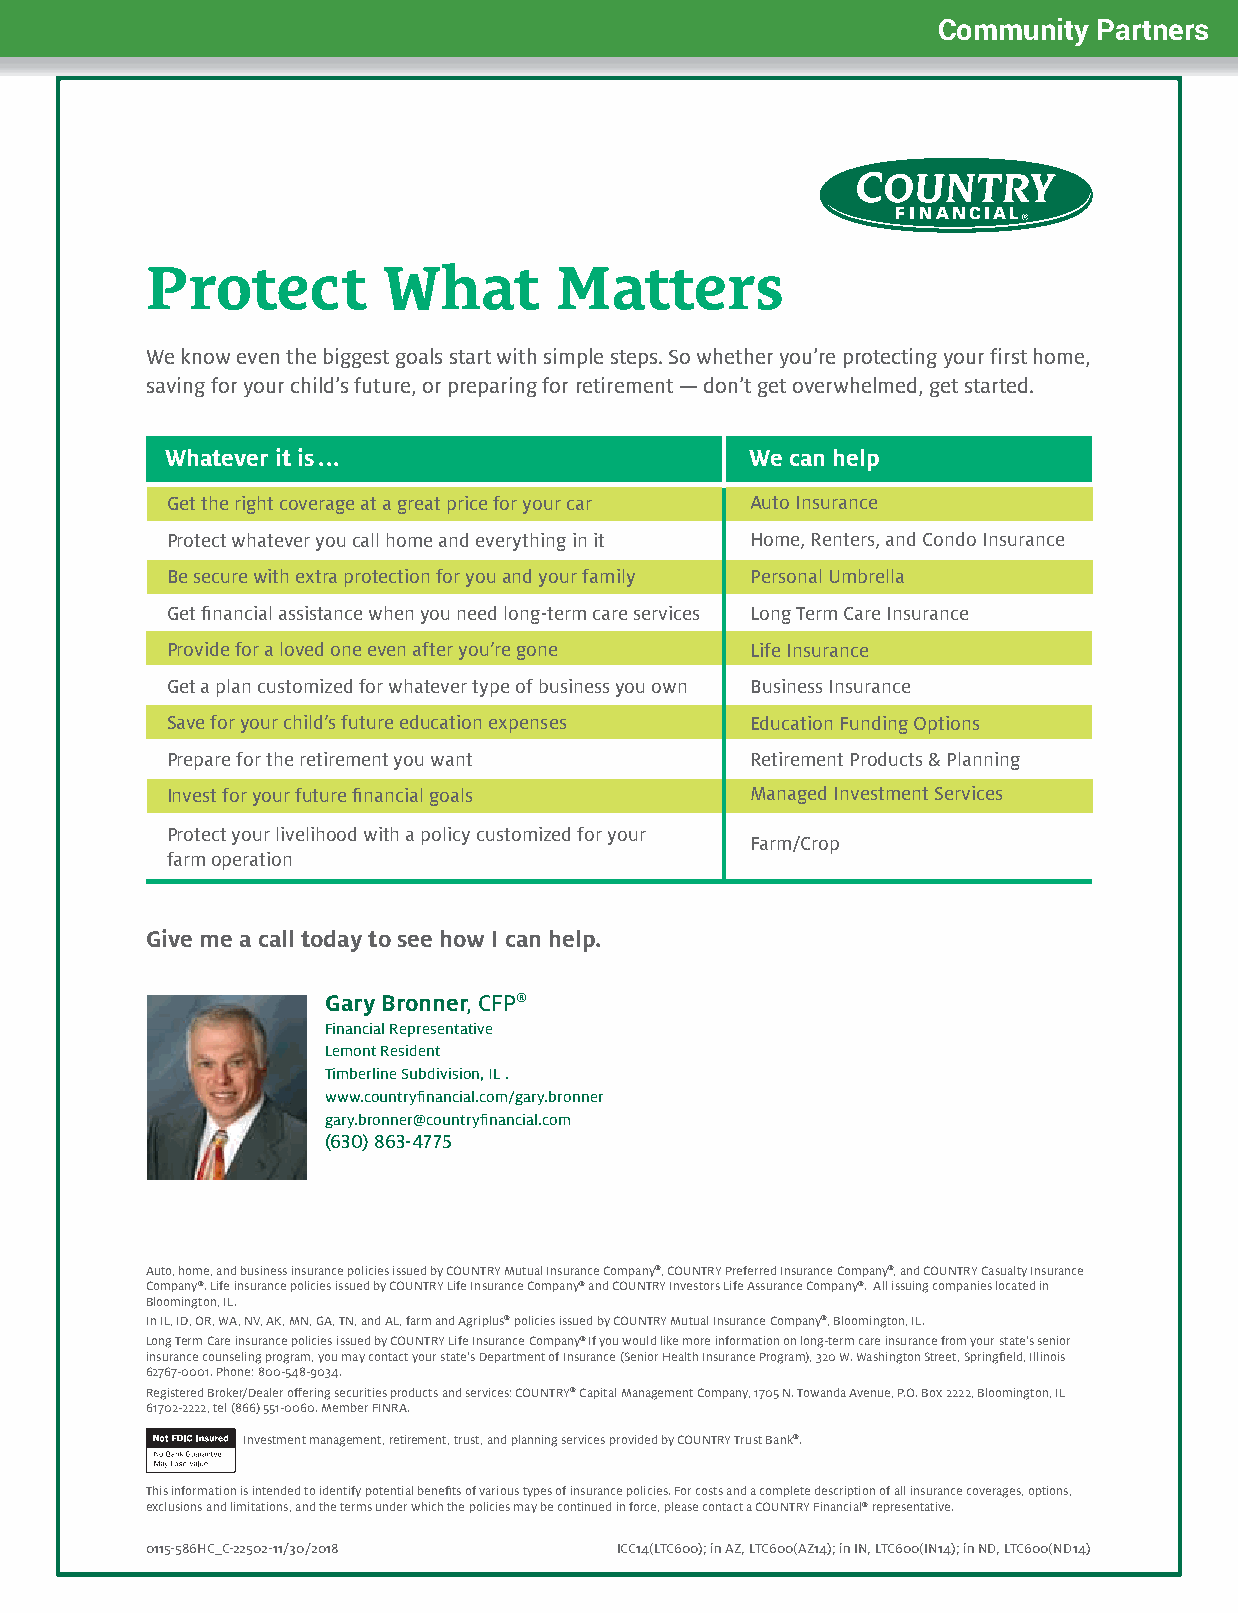
Community  Partners
 Protect        What        Matters
 We know even the biggest goals start with simple steps. So whether you’re protecting your first home,
 saving for your child’s future, or preparing for retirement — don’t get overwhelmed, get started.
 Whatever it is ...                     We can help
 Get the right coverage at a great price for your car Auto Insurance
 Protect whatever you call home and everything in it Home, Renters, and Condo Insurance
 Be secure with extra protection for you and your family Personal Umbrella
 Get financial assistance when you need long-term care services Long Term Care Insurance
 Provide for a loved one even after you’re gone Life Insurance
 Get a plan customized for whatever type of business you own Business Insurance
 Save for your child’s future education expenses Education Funding Options
 Prepare for the retirement you want    Retirement Products & Planning
 Invest for your future financial goals Managed Investment Services
 Protect your livelihood with a policy customized for your
 Farm/Crop
 farm operation
 Give me a call today to see how I can help.
 Gary Bronner, CFP®
 Financial Representative
 Lemont Resident
 Timberline Subdivision, IL .
 www.countryfinancial.com/gary.bronner
 gary.bronner@countryfinancial.com
 (630) 863-4775
 Auto, home, and business insurance policies issued by COUNTRY Mutual Insurance Company®, COUNTRY Preferred Insurance Company®, and COUNTRY Casualty Insurance
 Company®. Life insurance policies issued by COUNTRY Life Insurance Company® and COUNTRY Investors Life Assurance Company®. All issuing companies located in
 Bloomington, IL.
 In IL, ID, OR, WA, NV, AK, MN, GA, TN, and AL, farm and Agriplus® policies issued by COUNTRY Mutual Insurance Company®, Bloomington, IL.
 Long Term Care insurance policies issued by COUNTRY Life Insurance Company® If you would like more information on long-term care insurance from your state’s senior
 insurance counseling program, you may contact your state’s Department of Insurance (Senior Health Insurance Program), 320 W. Washington Street, Springfield, Illinois
 62767-0001. Phone: 800-548-9034.
 Registered Broker/Dealer offering securities products and services: COUNTRY® Capital Management Company, 1705 N. Towanda Avenue, P.O. Box 2222, Bloomington, IL
 61702-2222, tel (866) 551-0060. Member FINRA.
 Investment management, retirement, trust, and planning services provided by COUNTRY Trust Bank®.
 This information is intended to identify potential benefits of various types of insurance policies. For costs and a complete description of all insurance coverages, options,
 exclusions and limitations, and the terms under which the policies may be continued in force, please contact a COUNTRY Financial® representative.
 0115-586HC_C-22502-11/30/2018  ICC14(LTC600); in AZ, LTC600(AZ14); in IN, LTC600(IN14); in ND, LTC600(ND14)